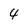
Character: 4